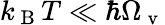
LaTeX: k_{\mathrm{~B~}}T\ll\hbar\Omega_{\mathrm{~v~}}